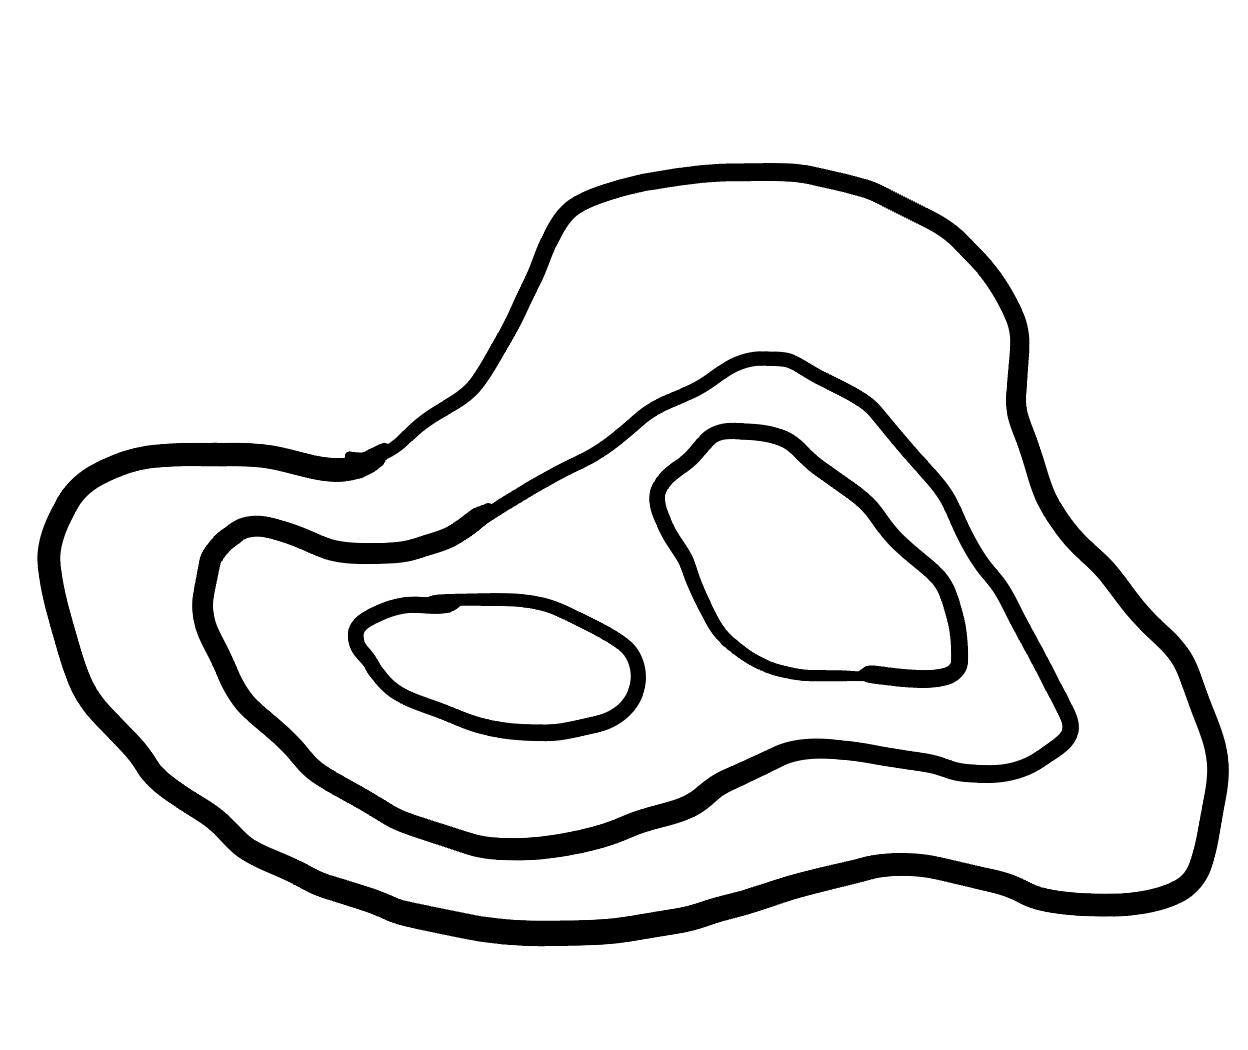
Number of regions (including the outer root region): 5
Containment tree edges (parent, child): 0, 1, 1, 2, 2, 3, 2, 4